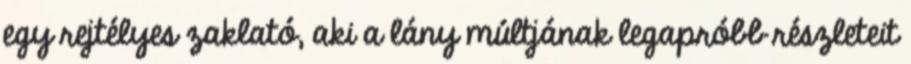
egy rejtélyes zaklató, aki a lány múltjának legapróbb részleteit